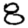
Digit: 8